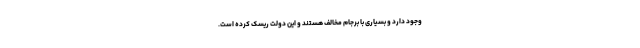
وجود دارد و بسیاری با برجام مخالف هستند و این دولت ریسک کرده است.